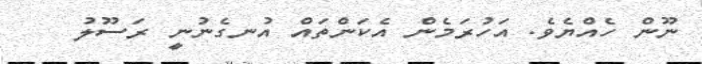
ނޫން ހެއްޔެވެ. އަހުރަމެން އެކަންތައް އުނގެނުނީ ރަސޫލު